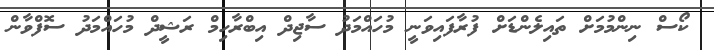
ކޯސް ނިންމުމަށް ތައިލެންޑަށް ފުރާފައިވަނީ މުހައްމަދު ސާޖިދް އިބްރާހިމް ރަޝީދް މުހައްމަދު ސޮފްވާން